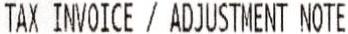
TAX INVOICE / ADJUSTMENT NOTE